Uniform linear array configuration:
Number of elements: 12
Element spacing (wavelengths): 0.25
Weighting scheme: exponential
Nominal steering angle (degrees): -60
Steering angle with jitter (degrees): -60.573
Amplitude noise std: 0.05
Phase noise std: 0.05

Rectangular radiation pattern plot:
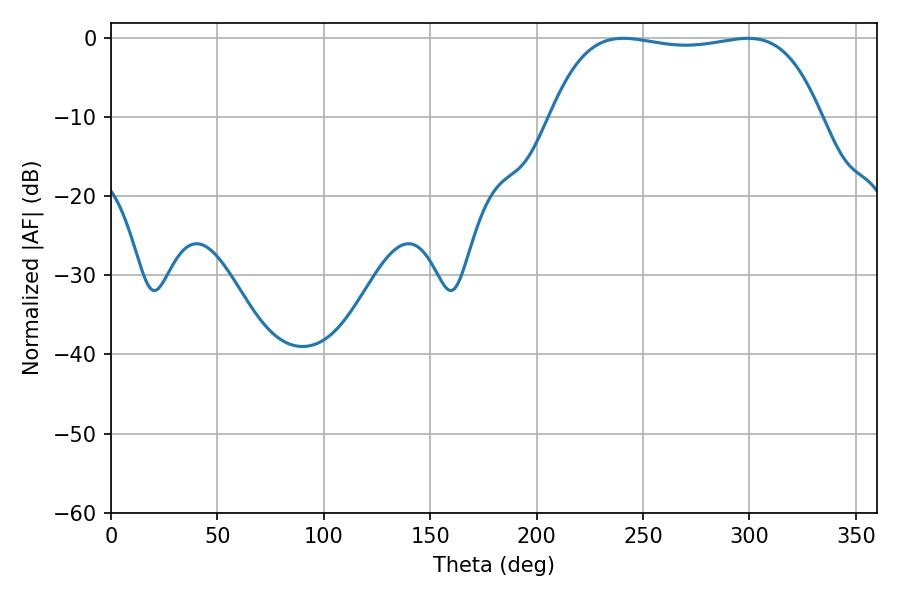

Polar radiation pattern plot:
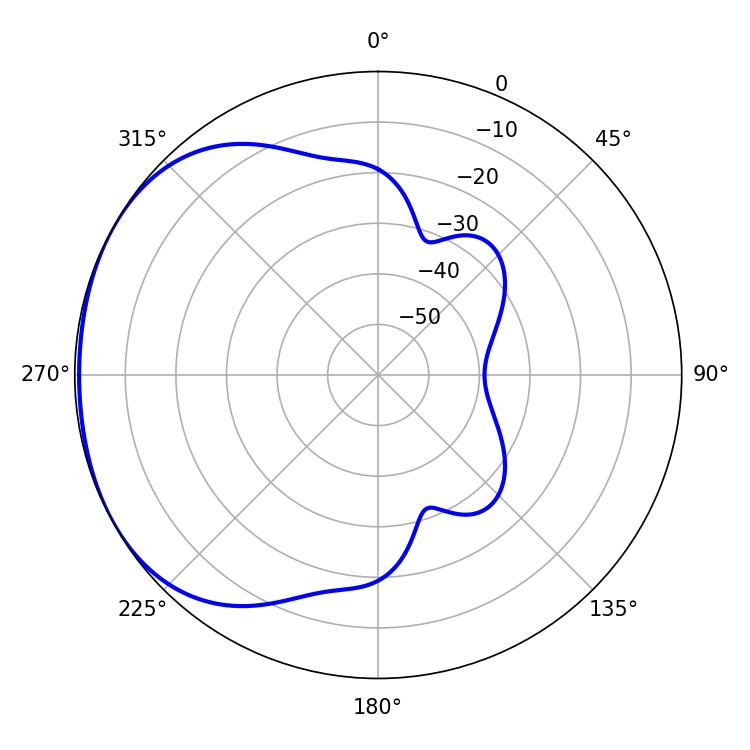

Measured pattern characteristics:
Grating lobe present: FALSE
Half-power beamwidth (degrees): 100.8
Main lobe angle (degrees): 240.66